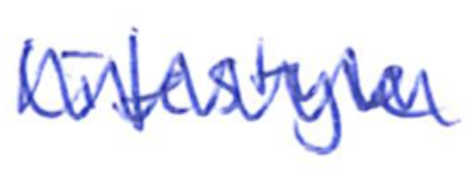
Text: lifestyle
Cross-out: zig-zag
Writing tool: ballpoint